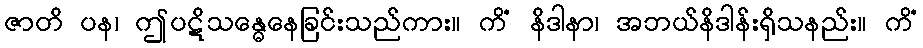
ဇာတိ ပန၊ ဤပဋိသန္ဓေနေခြင်းသည်ကား။ ကိံ နိဒါနာ၊ အဘယ်နိဒါန်းရှိသနည်း။ ကိံ